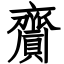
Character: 齎